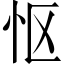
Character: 怄